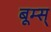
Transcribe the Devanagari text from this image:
बूम्स्